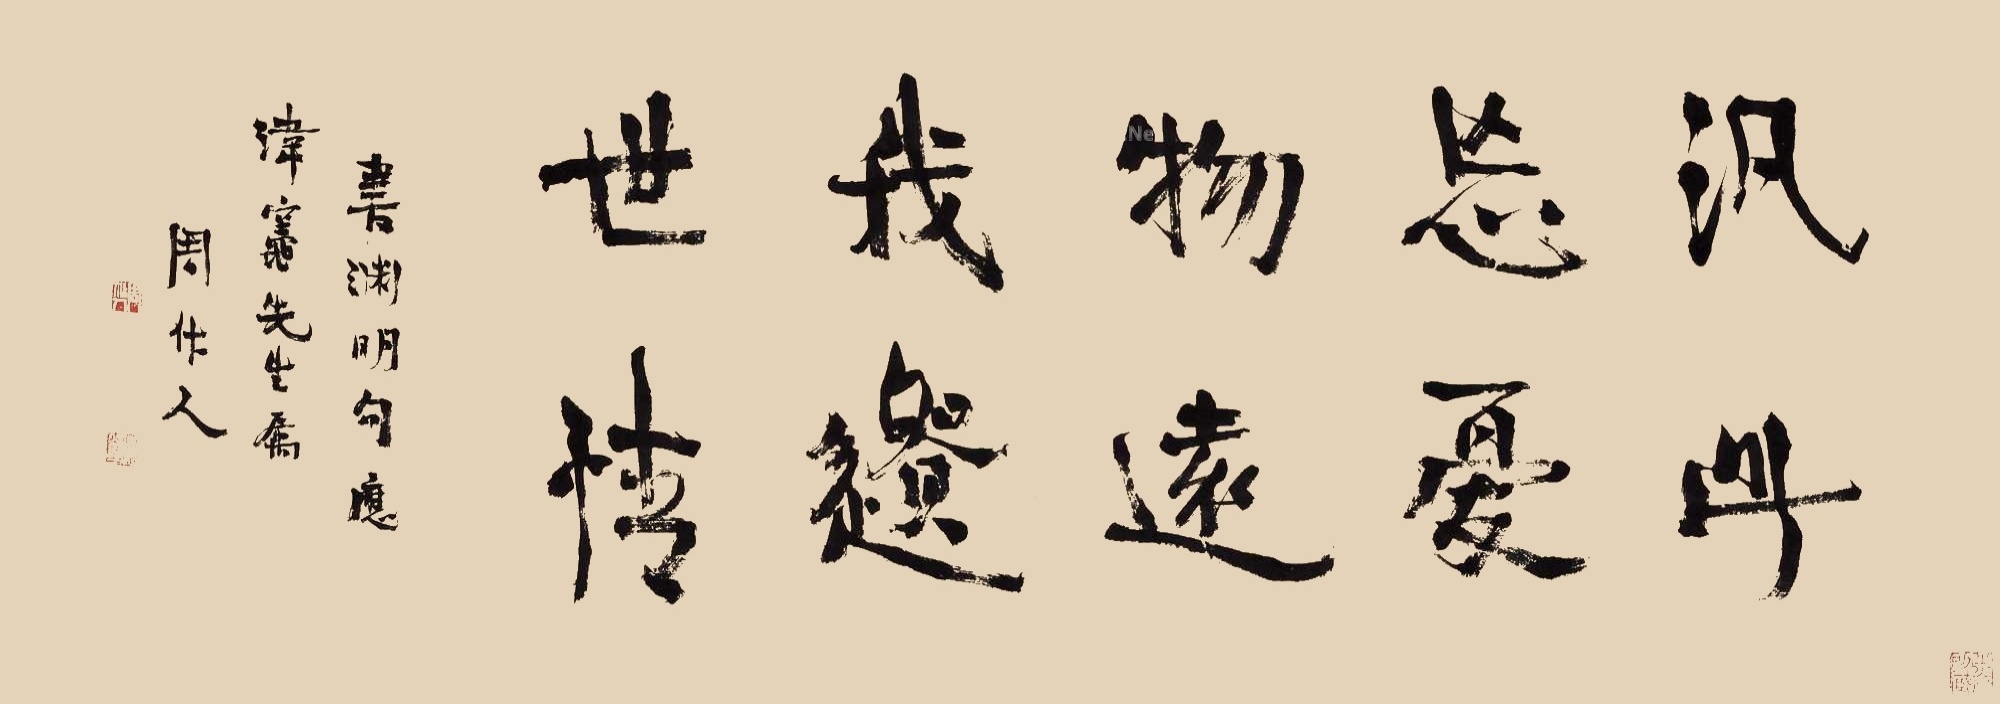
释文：泛此忘忧物，远我遗世情。书渊明句应𣲗灶先生属，周作人。